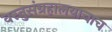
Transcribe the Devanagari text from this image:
वस्तुसंग्रहालयाचाच